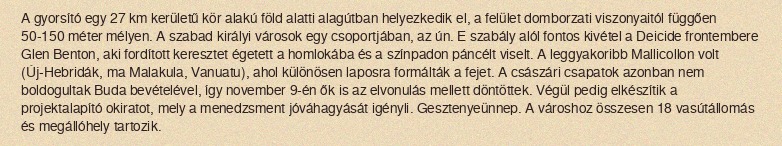
A gyorsító egy 27 km kerületű kör alakú föld alatti alagútban helyezkedik el, a felület domborzati viszonyaitól függően 50-150 méter mélyen. A szabad királyi városok egy csoportjában, az ún. E szabály alól fontos kivétel a Deicide frontembere Glen Benton, aki fordított keresztet égetett a homlokába és a színpadon páncélt viselt. A leggyakoribb Mallicollon volt (Új-Hebridák, ma Malakula, Vanuatu), ahol különösen laposra formálták a fejet. A császári csapatok azonban nem boldogultak Buda bevételével, így november 9-én ők is az elvonulás mellett döntöttek. Végül pedig elkészítik a projektalapító okiratot, mely a menedzsment jóváhagyását igényli. Gesztenyeünnep. A városhoz összesen 18 vasútállomás és megállóhely tartozik.